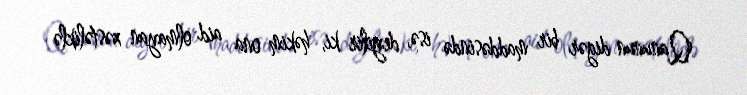
Qanunun digər bir maddəsində isə, deyilir ki, həkim ona aid olmayan xəstəliklə